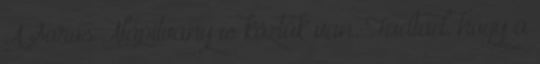
A Soros Alapítvány is köztük van. Tudtad, hogy a